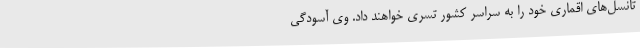
تانسل‌های اقماری خود را به سراسر کشور تسری خواهند داد. وی آسودگی